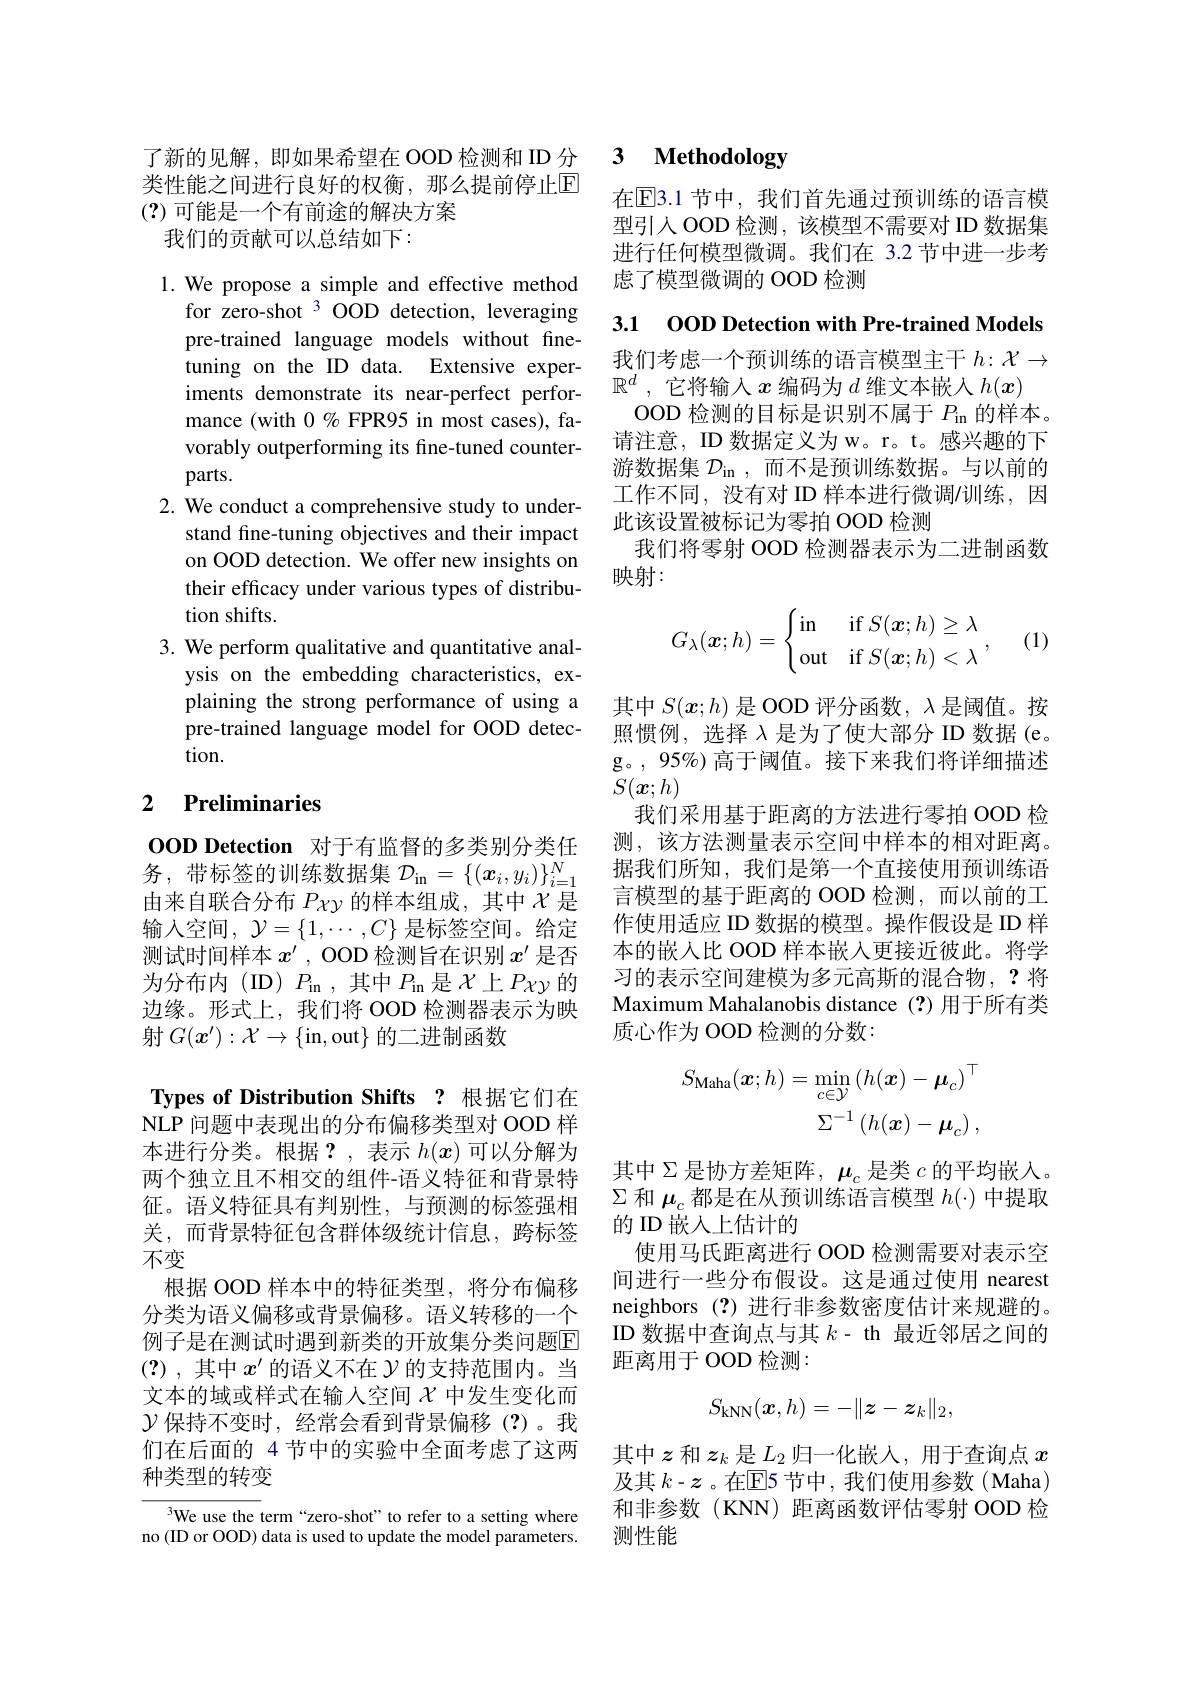
类性能之间进行良好的权衡，那么提前停止$\overline{\mathrm{E}}$
(?)可能是一个有前途的解决方案
我们的贡献可以总结如下：

1. We propose a simple and effective method for zero-shot 3 OOD detection, leveraging pre-trained language models without finetuning on the ID data. Extensive experiments demonstrate its near-perfect performance (with $0\%$ FPR95 in most cases), favorably outperforming its fine-tuned counterparts.
2. We conduct a comprehensive study to under-
stand fine-tuning objectives and their impact on OOD detection. We offer new insights on their efficacy under various types of distribution shifts.
3. We perform qualitative and quantitative anal-
ysis on the embedding characteristics, explaining the strong performance of using a pre-trained language model for OOD detection.

### 2 $\textbf{Preliminaries}$

OOD Detection 对于有监督的多类别分类任务，带标签的训练数据集$\mathcal{D}_\mathrm{in}=\{(x_i,y_i)\}_{i=1}^N$ 由来自联合分布$P\chi y$的样本组成，其中$\chi$是输入空间，$\mathcal{Y}=\{1,\cdots,C\}$是标签空间。给定测试时间样本$x^{\prime}$ , OOD 检测旨在识别$x^{\prime}$是否为分布内(ID)$P_\mathrm{in}$,其中$P_\mathrm{in}$是$\chi$上$P\chi y$的边缘。形式上，我们将 OOD 检测器表示为映射$G(\boldsymbol{x}^{\prime}):\mathcal{X}\to\{$in,out$\}$的二进制函数

Types of Distribution Shifts ?根据它们在NLP 问题中表现出的分布偏移类型对 OOD 样本进行分类。根据？,表示$h(x)$可以分解为两个独立且不相交的组件-语义特征和背景特征。语义特征具有判别性，与预测的标签强相关，而背景特征包含群体级统计信息，跨标签不变
根据 OOD 样本中的特征类型，将分布偏移分类为语义偏移或背景偏移。语义转移的一个例子是在测试时遇到新类的开放集分类问题E (?),其中$x^{\prime}$的语义不在$\mathcal{Y}$的支持范围内。当文本的域或样式在输入空间$\chi$中发生变化而$\mathcal{Y}$保持不变时，经常会看到背景偏移(?)。我们在后面的 4 节中的实验中全面考虑了这两种类型的转变
We use the term“zero-shot”to refer to a setting where

no (ID or OOD) data is used to update the model parameters.

了新的见解，即如果希望在 OOD 检测和 ID 分 3 Methodology

在$\mathbb{E}$3.1 节中，我们首先通过预训练的语言模型引人 OOD 检测，该模型不需要对 ID 数据集进行任何模型微调。我们在 3.2 节中进一步考虑了模型微调的 OOD 检测

3.1 00D Detection with Pre-trained Models

我们考虑一个预训练的语言模型主干$h:\mathcal{X}\to$
$\mathbb{R}^d$ ,它将输入$x$编码为$d$维文本嵌入$h(x)$
OOD 检测的目标是识别不属于$P_\mathrm{in}$的样本。请注意，ID 数据定义为 w。r。t。感兴趣的下游数据集$\mathcal{D}_\mathrm{in}$,而不是预训练数据。与以前的工作不同，没有对 ID 样本进行微调/训练，因此该设置被标记为零拍 OOD 检测
我们将零射 OOD 检测器表示为二进制函数
映射：

(1)
$$G_\lambda(\boldsymbol{x};h)=\begin{cases}\text{in}&\text{if}S(\boldsymbol{x};h)\geq\lambda\\\text{out}&\text{if}S(\boldsymbol{x};h)<\lambda\end{cases},$$
其中$S(x;h)$是 OOD 评分函数，$\lambda$是阈值。按照惯例，选择 λ是为了使大部分 ID 数据 (e。g。,95%)高于阈值。接下来我们将详细描述$S(\boldsymbol{x};h)$
我们采用基于距离的方法进行零拍 OOD 检测，该方法测量表示空间中样本的相对距离。据我们所知，我们是第一个直接使用预训练语言模型的基于距离的 OOD 检测，而以前的工作使用适应 ID 数据的模型。操作假设是 ID 样本的嵌人比 OOD 样本嵌入更接近彼此。将学习的表示空间建模为多元高斯的混合物，?将Maximum Mahalanobis distance (?)用于所有类质心作为 OOD 检测的分数：
$$\begin{aligned}S_{\mathrm{Maha}}(\boldsymbol{x};h)&=\min_{c\in\mathcal{Y}}\left(h(\boldsymbol{x})-\boldsymbol{\mu}_{c}\right)^{\top}\\&\Sigma^{-1}\left(h(\boldsymbol{x})-\boldsymbol{\mu}_{c}\right),\end{aligned}$$
其中$\Sigma$是协方差矩阵，$\mu_c$ 是类 $c$ 的平均嵌入。$\Sigma$和$\mu_c$都是在从预训练语言模型$h(\cdot)$中提取的 ID 嵌入上估计的
使用马氏距离进行 OOD 检测需要对表示空间进行一些分布假设。这是通过使用 nearest neighbors (?)进行非参数密度估计来规避的。ID 数据中查询点与其$k$- th 最近邻居之间的距离用于 OOD 检测：
$$S_{\mathrm{kNN}}(\boldsymbol{x},h)=-\|\boldsymbol{z}-\boldsymbol{z}_k\|_2,$$
其中$z$和$z_k$是$\underline L_2$归一化嵌入，用于查询点$x$ 及其 $k-\boldsymbol{z}$ 。在$\overline{\mathrm{E}}$5 节中，我们使用参数(Maha) 和非参数(KNN)距离函数评估零射 OOD 检测性能